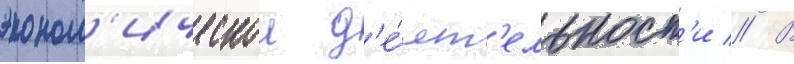
эконом'ическои д'е́ят'ельност'и // В